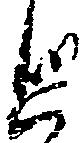
丞